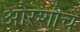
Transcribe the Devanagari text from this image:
औरशौच